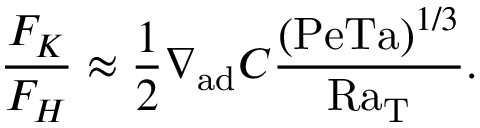
{ \frac { F _ { K } } { F _ { H } } } \approx { \frac { 1 } { 2 } } \nabla _ { \mathrm { a d } } C { \frac { ( \mathrm { P e } \mathrm { T a } ) ^ { 1 / 3 } } { \mathrm { R a _ { T } } } } .